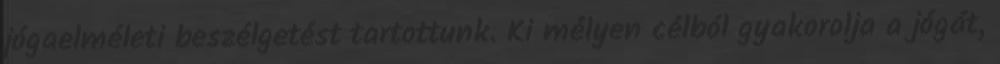
jógaelméleti beszélgetést tartottunk. Ki mélyen célból gyakorolja a jógát,